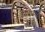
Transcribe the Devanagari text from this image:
मध्यम।